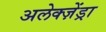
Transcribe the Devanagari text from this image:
अलेक्ज़ेंड्रा